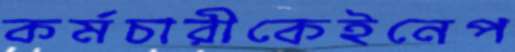
কর্মচারীকেইনেপ